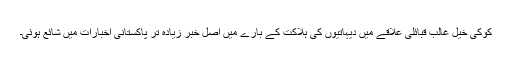
کوکی خیل غالب قبائلی علاقے میں دیہاتیوں کی ہلاکت کے بارے میں اصل خبر زیادہ تر پاکستانی اخبارات میں شائع ہوئی۔